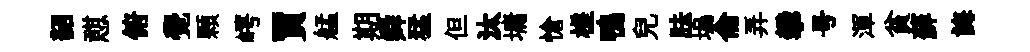
韶憇俯覺顆崿買艋期舜猛但汰墉愴槎鴨兒胠塢侖弄攀号渾貧蘚誨